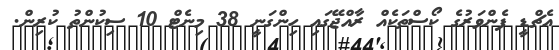
އެޗްޑީ ފެންވަރުގެ ކޯސްތަކެއް ރާއްޖޭގައި ހިންގަނީ 38 މިނެޓް 10 ސިކުންތު ކުރިން.